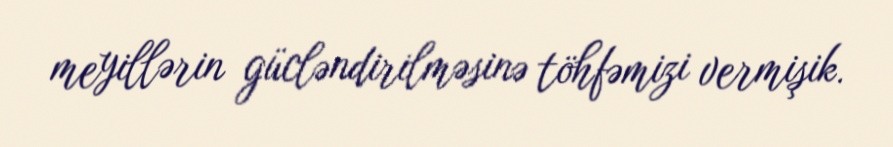
meyillərin gücləndirilməsinə töhfəmizi vermişik.